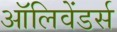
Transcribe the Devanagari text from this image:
ऑलिवेंडर्स